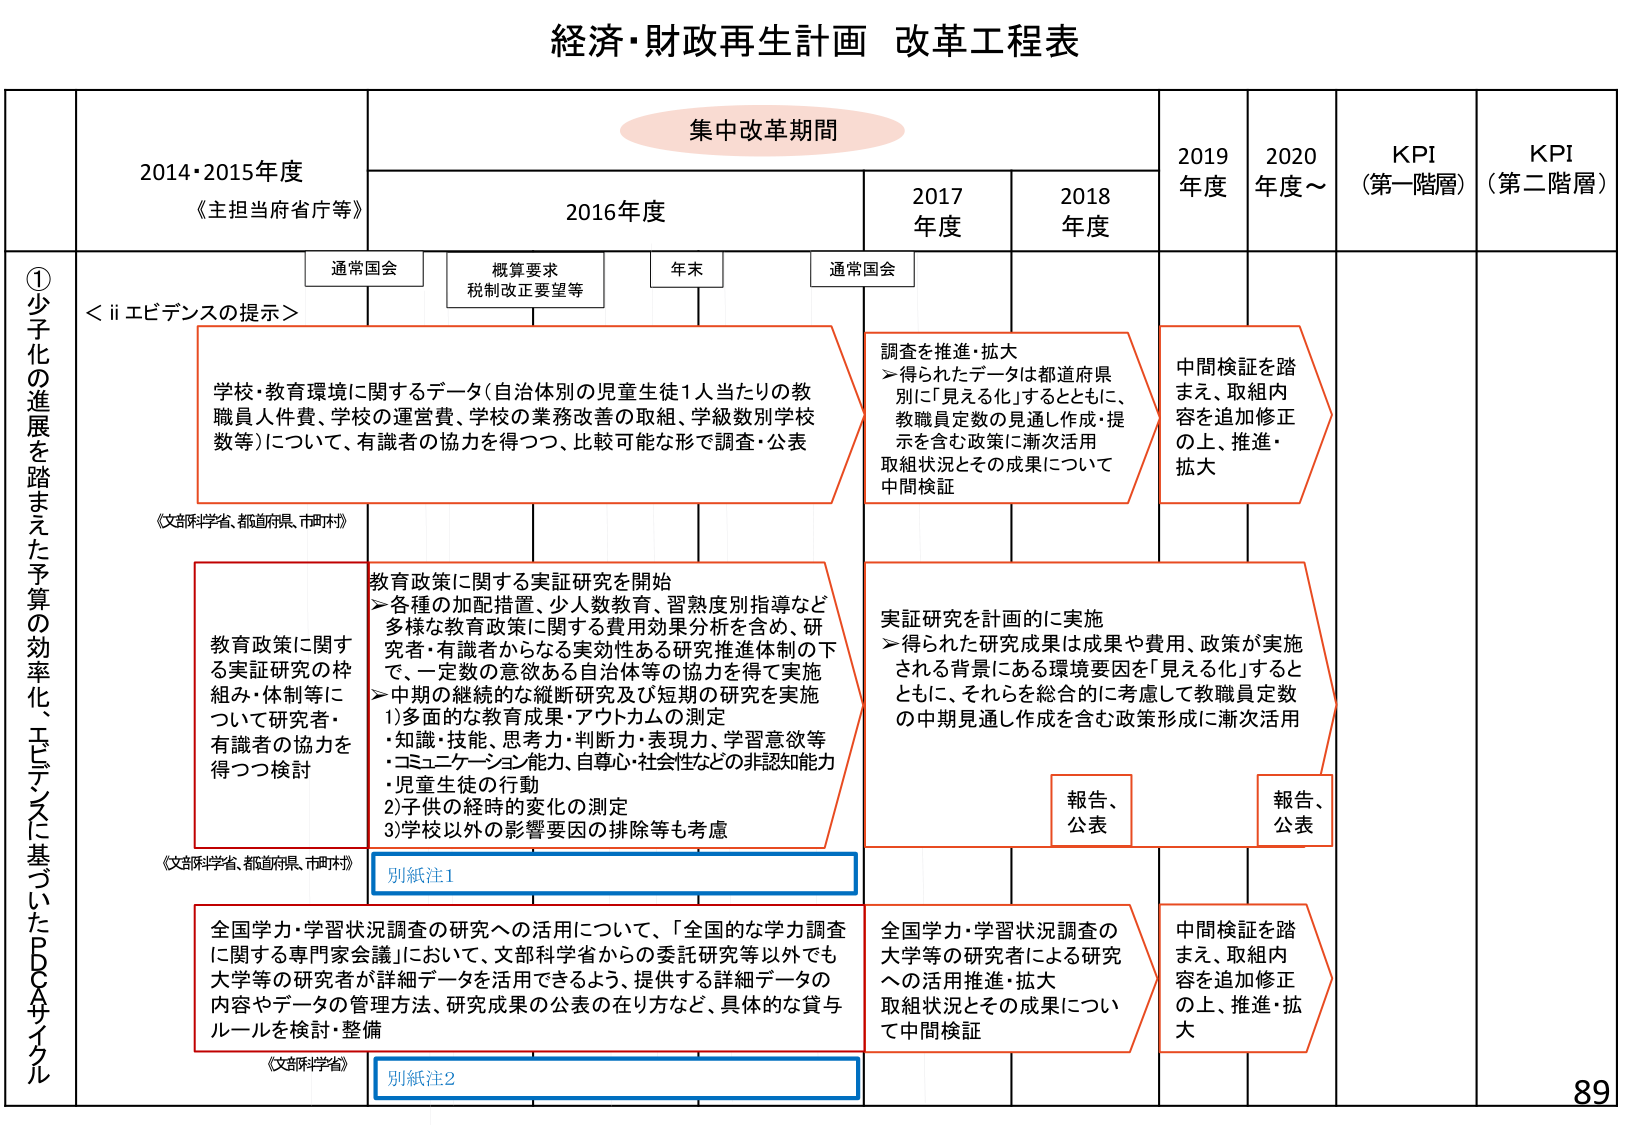
経済・財政再生計画 改革工程表

集中改革期間

2014・2015年度
《主担当府省庁等》

2016年度
通常国会
概算要求
税制改正要望等
年末
通常国会

2017年度
2018年度
2019年度
2020年度～
KPI（第一階層）
KPI（第二階層）

①少子化の進展を踏まえた予算の効率化、エビデンスに基づいたPDCAサイクル

＜ii エビデンスの提示＞

学校・教育環境に関するデータ（自治体別の児童生徒1人当たりの教職員人件費、学校の運営費、学校の業務改善の取組、学級数別学校数等）について、有識者の協力を得つつ、比較可能な形で調査・公表
《文部科学省、都道府県、市町村》

教育政策に関する実証研究の枠組み・体制等について研究者・有識者の協力を得つつ検討
《文部科学省、都道府県、市町村》

全国学力・学習状況調査の研究への活用について、「全国的な学力調査に関する専門家会議」において、文部科学省からの委託研究等以外でも大学等の研究者が詳細データを活用できるよう、提供する詳細データの内容やデータの管理方法、研究成果の公表の在り方など、具体的な貸与ルールを検討・整備
《文部科学省》

別紙注1
別紙注2

調査を推進・拡大
→得られたデータは都道府県別に「見える化」するとともに、教職員定数の見通し作成・提示を含む政策に漸次活用
取組状況とその成果について中間検証

実証研究を計画的に実施
→得られた研究成果は成果や費用、政策が実施される背景にある環境要因を「見える化」するとともに、それらを総合的に考慮して教職員定数の中間見通し作成を含む政策形成に漸次活用
報告、公表

全国学力・学習状況調査の大学等の研究者による研究への活用推進・拡大
取組状況とその成果について中間検証

中間検証を踏まえ、取組内容を追加修正の上、推進・拡大

中間検証を踏まえ、取組内容を追加修正の上、推進・拡大

報告、公表

89